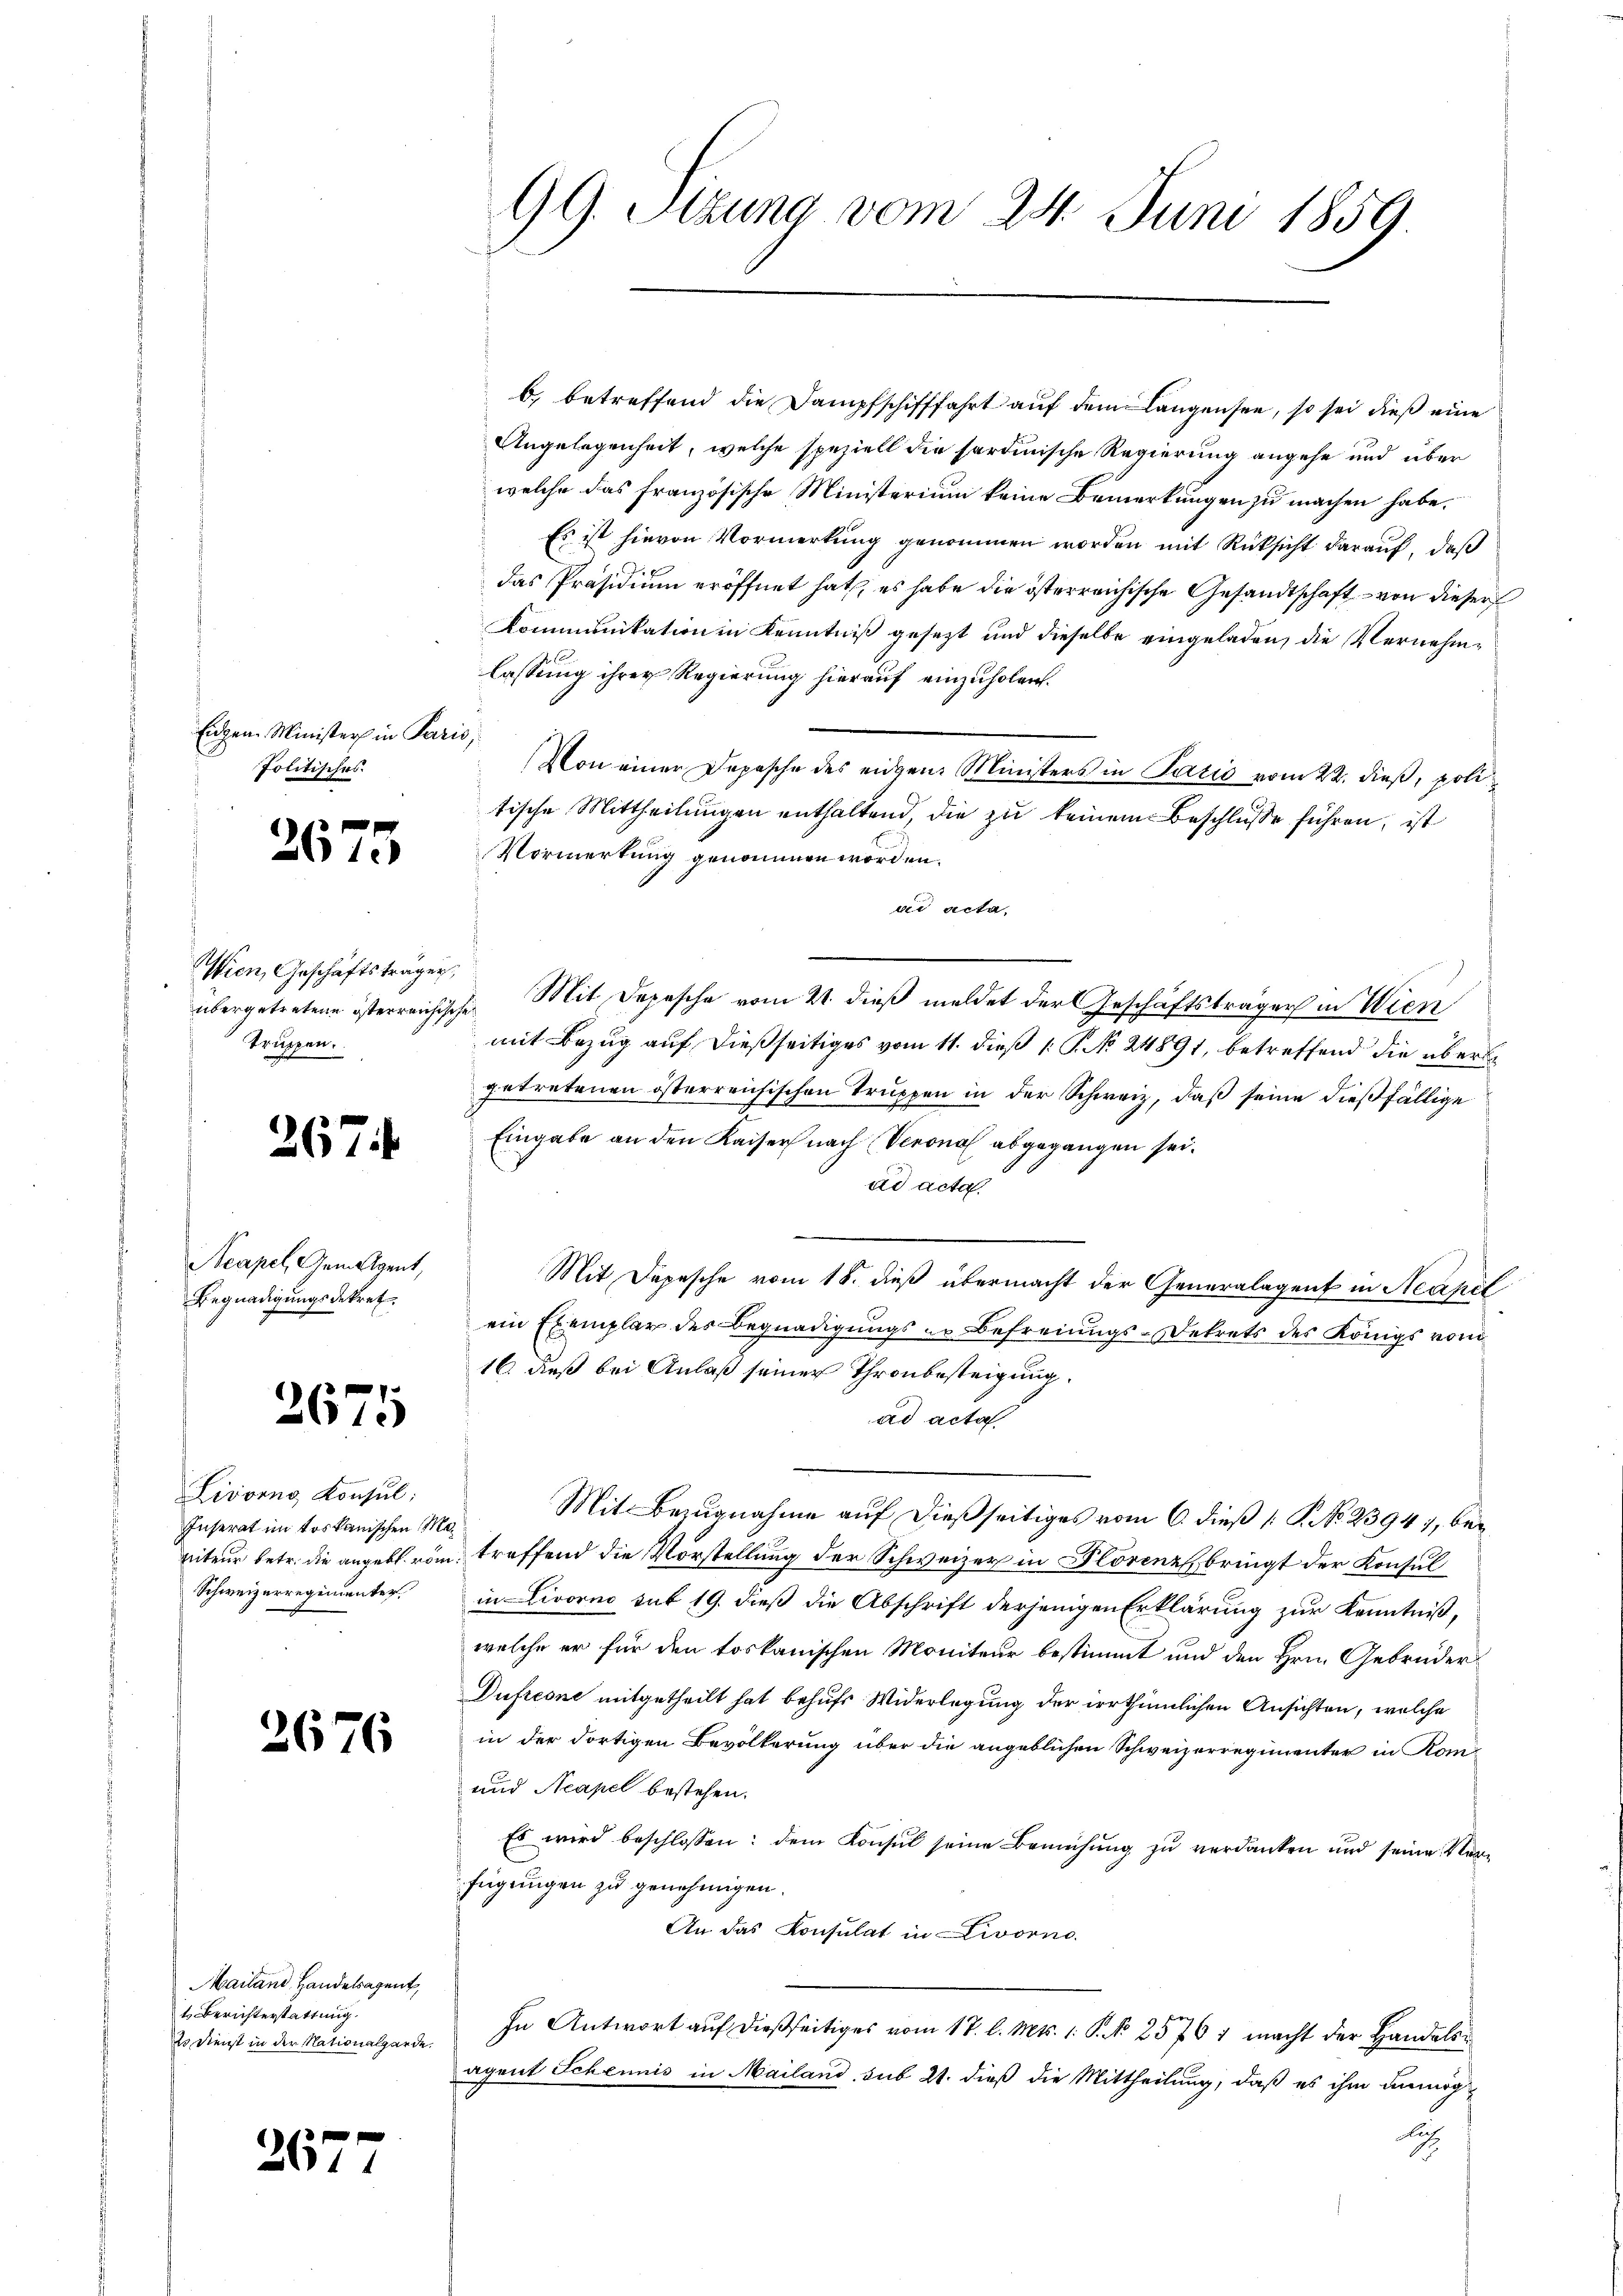
Eigen Minister in Paris,
Politisches.

2675

Wien, Geschäftsträger,
truppen.

267

Acapel Gemeigent,
Begnadigungsdekret.

2675

Livorno, Konsul:
Inserat im toskanischen Me
niteur betr. die angebt vom
Schweizerregimenter

2676

Mailand Handelsagent,
t Berichterstattung.
2o Dienst in der Nationalgarde.

267

99. Sitzung vom 24. Juni 1859

b) betreffend die Dampfschifffahrt auf dem angensee, so sei dieß eine
Angelegenheit, welche speziell die sardinische Regierung angehe und über
welche das französische Ministerium keine Bemerkungen zu machen habe.
Es ist hievon Vormerkung genommen worden mit Rücksicht darauf, daß
das Präsidium eröffnet hat, es habe die österreichische Gesandtschaft  von dieser
Kommunikation in Kenntniß gesezt und dieselbe eingeladen, die Vernehmlassung ihrer Regierung hierauf einzuholen.
Von einer Depesche des eigen Ministers in Pario vom 22. dieß, poli
tische Mittheilungen enthaltend, die zu keinem Beschlusse führen, ist
Vormerkung genommen worden.
ad acta.
übergetretene österreichischen Mit Depesche vom 21. dieß meldet der Geschäftsträger in Wien
mit Bezug auf dießseitiges vom 11. dieß 1 S. No. 24891, betreffend die über
getretenen österreichischen Truppen in der Schweiz, daß seine dießfällige
Eingabe an den Kaiser nach Verono abgegangen sei.
ad acta.
Mit Depesche vom 18. dieß übermacht der Generalagent in Neapel
ein Exemplar des Begnadigungs- Befreiungs-Dekrets des Königs vom
16. daß bei Anlaß seiner Thronbesteigung.
ad acta
Mit Bezugnahme auf dießseitiges vom 6. dieß (: P. No. 23947, bei
treffend die Vorstellung der Schweizer in Florenz bringt der Konsul
in Livorno sub 19. dieß die Abschrift derjenigen Erklärung zur Kenntniß,
welche er für den toskanischen Moniteur bestimmt und den Hrn. Gebrüder
Dufresne mitgetheilt hat behufs Widerlegung der irrthümlichen Ansichten, welche
in der dortigen Bevölkerung über die angeblichen Schweizerregimenter in Kom¬
und Acapel bestehen.
Es wird beschlossen: dem Konsul seine Bemühung zu verdanken und seine Verfügungen zu genehmigen.
An das Konsulat in Livorno
In Antwort auf dießseitiges vom 17. d. Mts. 1. P. Nr. 2576 1 macht der Handelsagent Scheinis in Mailand sub 21. dieß die Mittheilung, daß es ihm unmög-
b